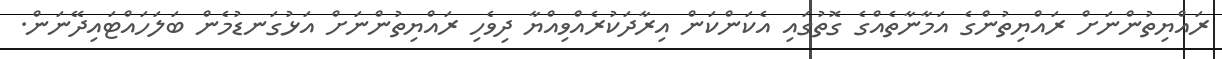
ރައްޔިތުންނަށް ރައްޔިތުންގެ އަމާނާތެއްގެ ގޮތުގައި އެކަންކަން އިރާދަކުރެއްވިއްޔާ ދިވެހި ރައްޔިތުންނަށް އަޅުގަނޑުމެން ބަލަހައްޓައިދޭނަން.